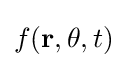
f(\mathbf {r} ,\theta ,t)